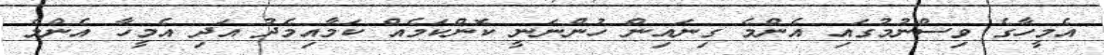
އެމީހާގެ ވިސްނުމުގައި އެންމެ ގިނައިން ހުންނަނީ ކޮންކަމެއް ކަމާއިމެދު އަދި އެމީހާ އެންމެ